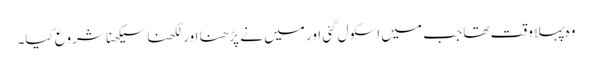
وہ پہلا وقت تھا جب میں اسکول گئی اور میں نے پڑھنا اور لکھنا سیکھنا شروع کیا۔